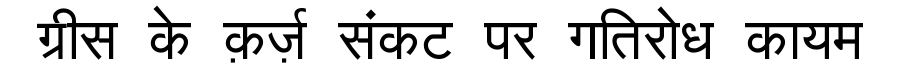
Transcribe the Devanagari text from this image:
ग्रीस के क़र्ज़ संकट पर गतिरोध कायम